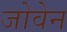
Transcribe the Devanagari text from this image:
जोवेन